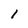
Character: 1